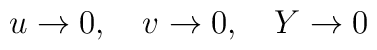
u \rightarrow 0, \quad  v \rightarrow 0, \quad Y \rightarrow 0